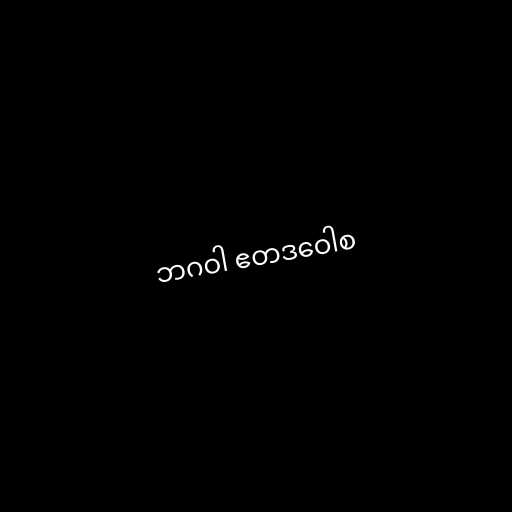
ဘဂဝါ ဧတဒဝေါစ